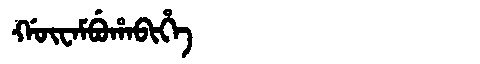
Manchu: ᡤᡡᠸᠠᠮᠪᡠᡥᠠᠪᡳᡥᡝ
Romanization: GŪWAMBUHABIHE